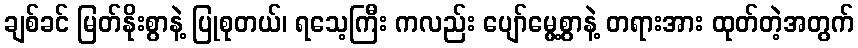
ချစ်ခင် မြတ်နိုးစွာနဲ့ ပြုစုတယ်၊ ရသေ့ကြီး ကလည်း ပျော်မွေ့စွာနဲ့ တရားအား ထုတ်တဲ့အတွက်